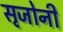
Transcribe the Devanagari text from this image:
सृजोनी